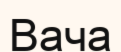
Вача